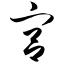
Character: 宫